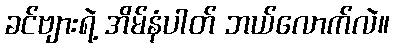
ခင်ဗျားရဲ့ အိမ်နံပါတ် ဘယ်လောက်လဲ။